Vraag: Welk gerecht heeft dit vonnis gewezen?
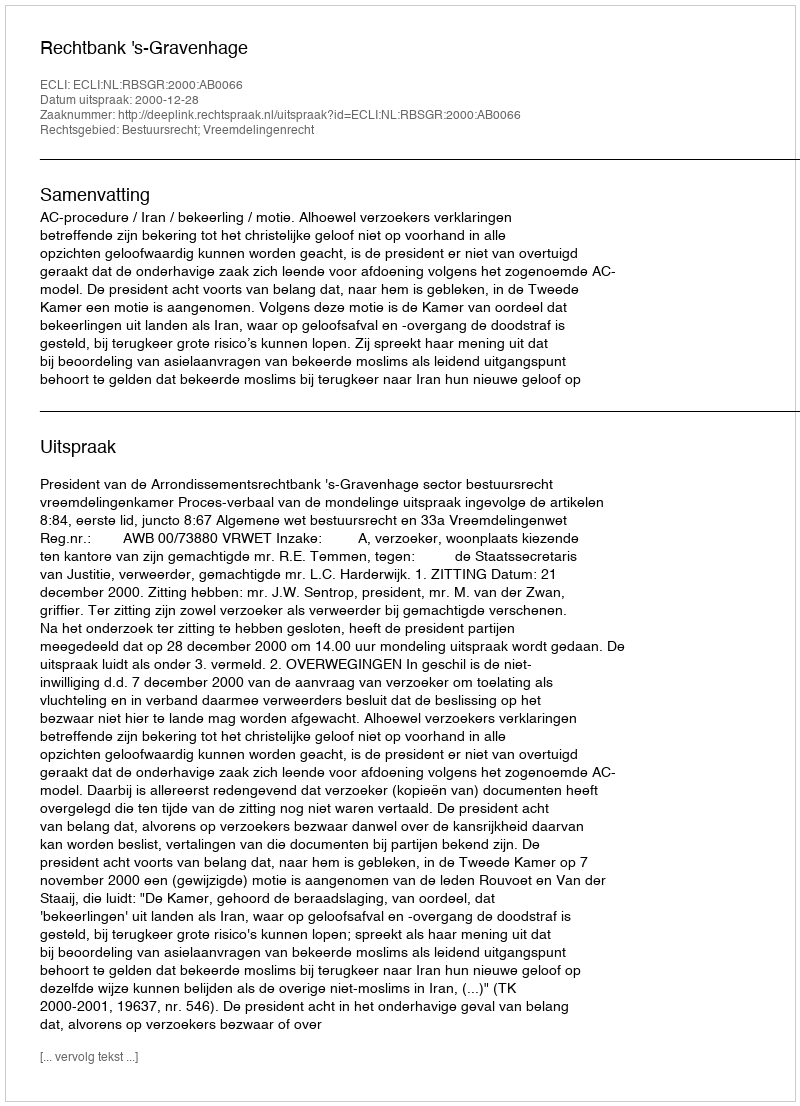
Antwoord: Rechtbank 's-Gravenhage